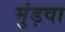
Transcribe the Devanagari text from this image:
मुंड़वा